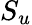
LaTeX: S_{u}